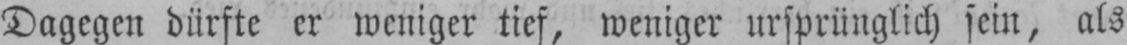
Dagegen dürfte er weniger tief, weniger ursprünglich sein, als